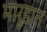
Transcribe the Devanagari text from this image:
भारूडात